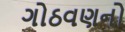
ગોઠવણનો